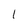
Character: 1